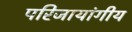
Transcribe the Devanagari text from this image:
परिजायांगीय